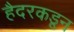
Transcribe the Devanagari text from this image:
हैदरकडून